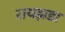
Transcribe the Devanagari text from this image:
रायझडा